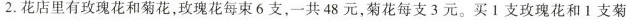
2.花店里有玫瑰花和菊花，玫瑰花每束6支，共48元，菊花每支3元。买Ⅰ支玫瑰花和1支菊